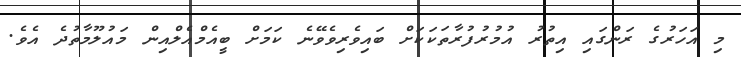
މި އަހަރުގެ ރަންގައި އިތުރު އުމުރުފުރާތަކަކަށް ބައިވެރިވެވޭނެ ކަމަށް ބީއެމްއެލްއިން މައުލޫމާތުދެ އެވެ.